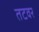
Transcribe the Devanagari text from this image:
तटवर